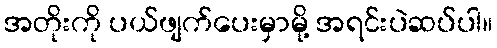
အတိုးကို ပယ်ဖျက်ပေးမှာမို့ အရင်းပဲဆပ်ပါ။